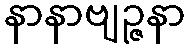
နာနာဗျဉ္ဇနာ